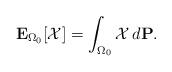
LaTeX: \begin{gather*}\mathbf{E}_{\Omega_0}[\mathcal{X}]= \int_{\Omega_0} \mathcal{X} \,d\mathbf{P}. \end{gather*}